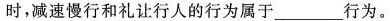
时，减速慢行和礼让行人的行为属于___行为。